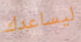
ليساعدك